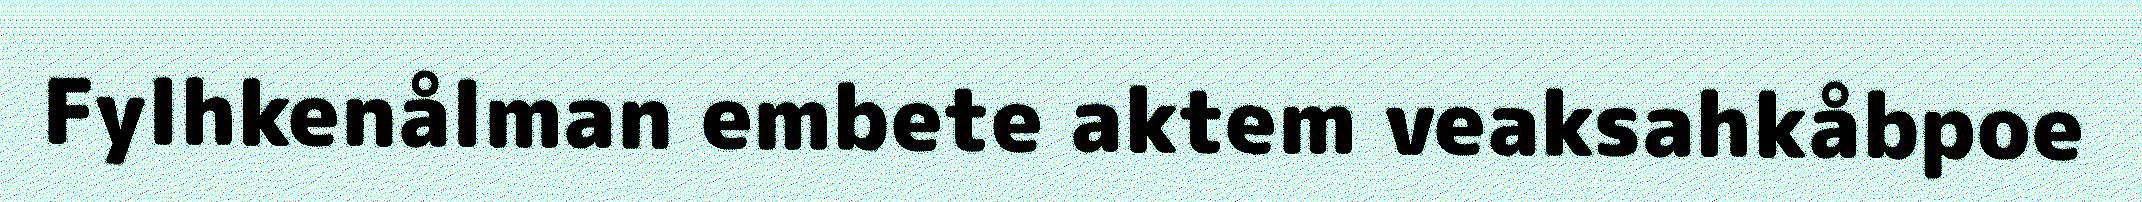
Fylhkenålman embete aktem veaksahkåbpoe